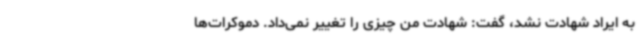
به ایراد شهادت نشد، گفت: شهادت من چیزی را تغییر نمی‌داد. دموکرات‌ها